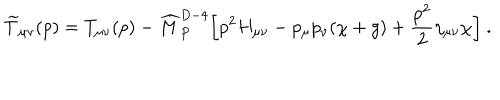
{ \widetilde T } _ { \mu \nu } ( p ) = T _ { \mu \nu } ( p ) - { \widehat M } _ { P } ^ { D - 4 } \biggl [ p ^ { 2 } H _ { \mu \nu } - p _ { \mu } p _ { \nu } ( \chi + g ) + { \frac { p ^ { 2 } } { 2 } } \eta _ { \mu \nu } \chi \biggr ] ~ .